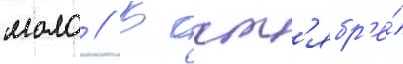
мало // В окт'ябр'е́